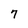
Character: 7